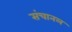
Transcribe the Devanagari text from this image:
संचानल